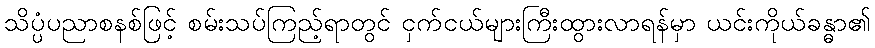
သိပ္ပံပညာစနစ်ဖြင့် စမ်းသပ်ကြည့်ရာတွင် ငှက်ငယ်များကြီးထွားလာရန်မှာ ယင်းကိုယ်ခန္ဓာ၏